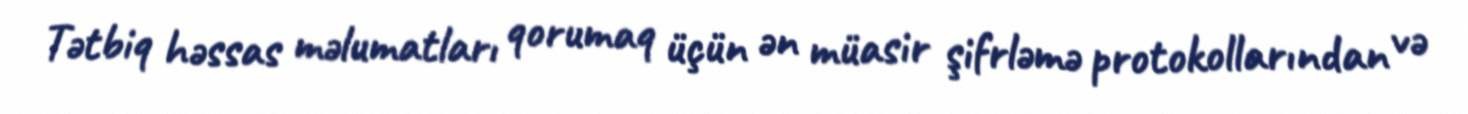
Tətbiq həssas məlumatları qorumaq üçün ən müasir şifrləmə protokollarından və